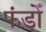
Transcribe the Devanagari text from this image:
फंडोँ